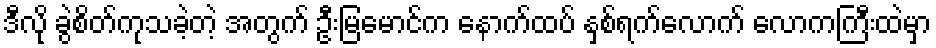
ဒီလို ခွဲစိတ်ကုသခဲ့တဲ့ အတွက် ဦးမြမောင်က နောက်ထပ် နှစ်ရက်လောက် လောကကြီးထဲမှာ